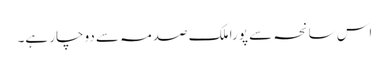
اس سانحہ سے پورا ملک صدمہ سے دوچار ہے۔